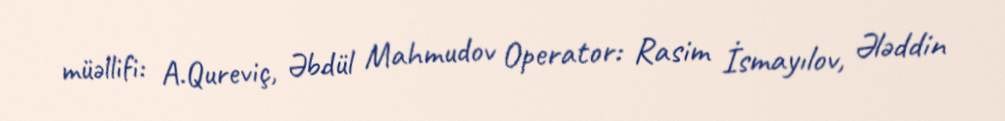
müəllifi: A.Qureviç, Əbdül Mahmudov Operator: Rasim İsmayılov, Ələddin